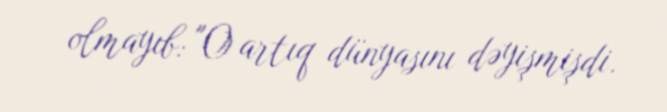
olmayıb: "O artıq dünyasını dəyişmişdi.